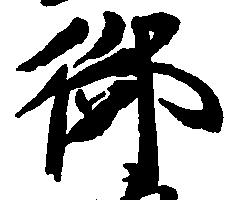
御